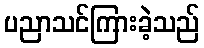
ပညာသင်ကြားခဲ့သည်